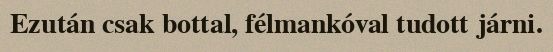
Ezután csak bottal, félmankóval tudott járni.